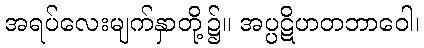
အရပ်လေးမျက်နှာတို့၌။ အပ္ပဋိဟတဘာဝေါ၊